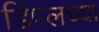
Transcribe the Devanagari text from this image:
डिंपलच्या